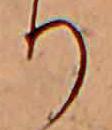
り